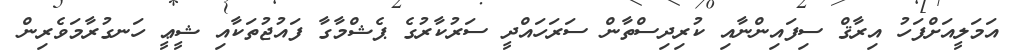
އަމަލީއަށްފަހު އިރާޤް ސިފައިންނާއި ކުރިދިސްތާން ސަރަހައްދީ ސަރުކާރުގެ ޕެޝްމާގާ ފައުޖުތަކާއި ޝީޢީ ހަނގުރާމަވެރިން